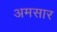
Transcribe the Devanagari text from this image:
अमसार